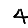
Digit: 4